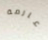
عارمة